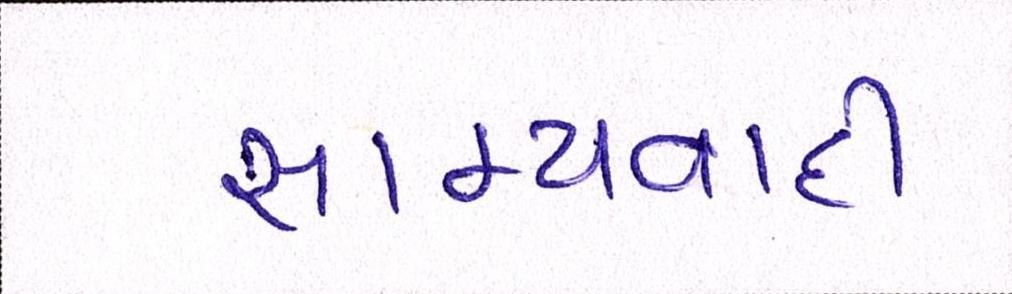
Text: સામ્યવાદી